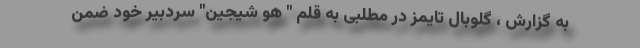
به گزارش ، گلوبال تایمز در مطلبی به قلم " هو شیجین" سردبیر خود ضمن